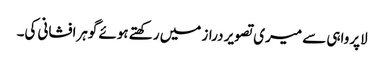
لاپرواہی سے میری تصویر دراز میں رکھتے ہوئے گوہرافشانی کی۔